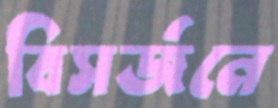
বিসর্জনে